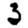
Digit: 3